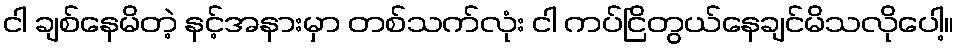
ငါ ချစ်နေမိတဲ့ နင့်အနားမှာ တစ်သက်လုံး ငါ ကပ်ငြိတွယ်နေချင်မိသလိုပေါ့။